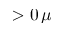
> 0 \, \mu